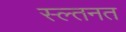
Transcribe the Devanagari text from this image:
स्ल्तनत